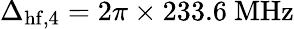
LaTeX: \Delta_{\mathrm{hf},4}=2\pi\times 233.6~\mathrm{MHz}